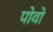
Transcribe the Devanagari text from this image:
पोवो